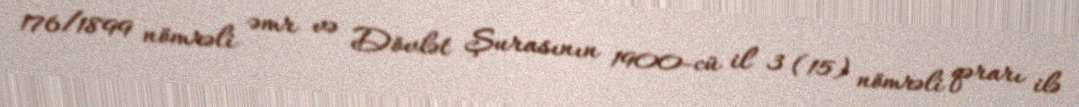
176/1899 nömrəli əmr və Dövlət Şurasının 1900-cü il 3 (15) nömrəli qərarı ilə